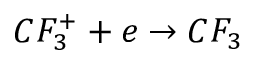
C F _ { 3 } ^ { + } + e \rightarrow C F _ { 3 }